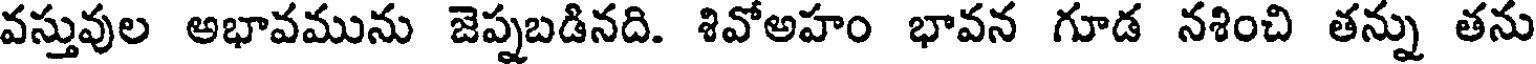
వస్తువుల అభావమును జెప్నబడినది. శివోఅహం భావన గూడ నశించి తన్ను తను